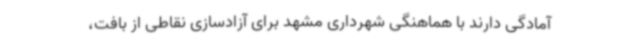
آمادگی دارند با هماهنگی شهرداری مشهد برای آزادسازی نقاطی از بافت،